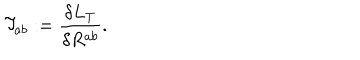
LaTeX: { \cal T } _ { a b } : = \frac { \delta { L } _ { T } } { \delta R ^ { a b } } .